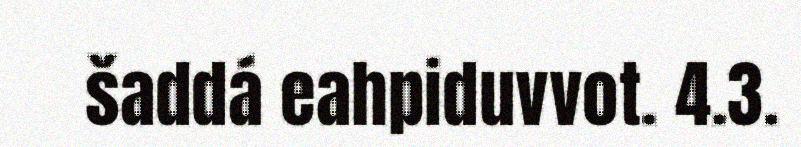
šaddá eahpiduvvot. 4.3.